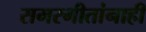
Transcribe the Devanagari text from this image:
समरगीतांनाही